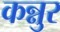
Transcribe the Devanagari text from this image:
कन्नुर